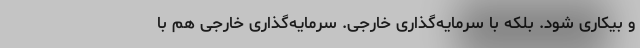
و بیکاری شود. بلکه با سرمایه‌گذاری خارجی. سرمایه‌گذاری خارجی هم با